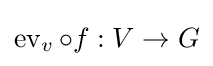
\operatorname {ev} _{v}\circ f:V\to G